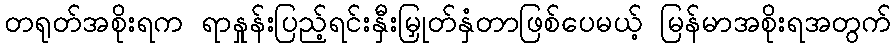
တရုတ်အစိုးရက ရာနှုန်းပြည့်ရင်းနှီးမြှုတ်နှံတာဖြစ်ပေမယ့် မြန်မာအစိုးရအတွက်